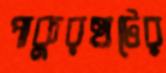
পাকুরহাটের